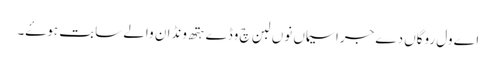
اے ول روگاں دے جراسیماں نوں لبن چ وڈے ہتھ ونڈان والے سابت ہوۓ۔